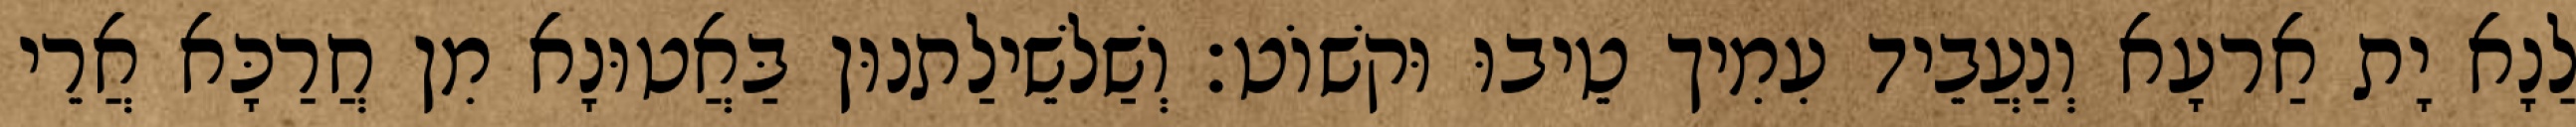
לַנָא יָת אַרעָא וְנַעֲבֵיד עִמִיך טֵיבוּ וּקשׁוֹט׃ וְשַׁלשֵׁילַתנוּן בַּאֲטוּנָא מִן חֲרַכָּא אֲרֵי